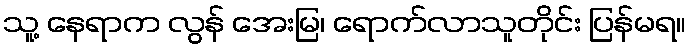
သူ့ နေရာက လွန် အေးမြ၊ ရောက်လာသူတိုင်း ပြန်မရ။